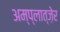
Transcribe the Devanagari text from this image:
अम्प्लात्ज़ेर